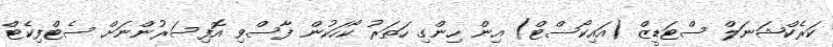
ކަރެކްޝަނަލް ސްޓަޑީޒް (އައިކޯސްޓް) އިން ހިންގި ހަތަރު ކޯހަކުން ފާސްވި އޮފިސަރުންނަށް ސެޓްފިކެޓް